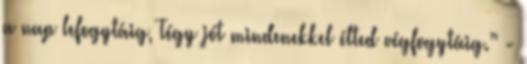
a nap lefogytáig, Tégy jót mindenekkel élted végfogytáig.” -